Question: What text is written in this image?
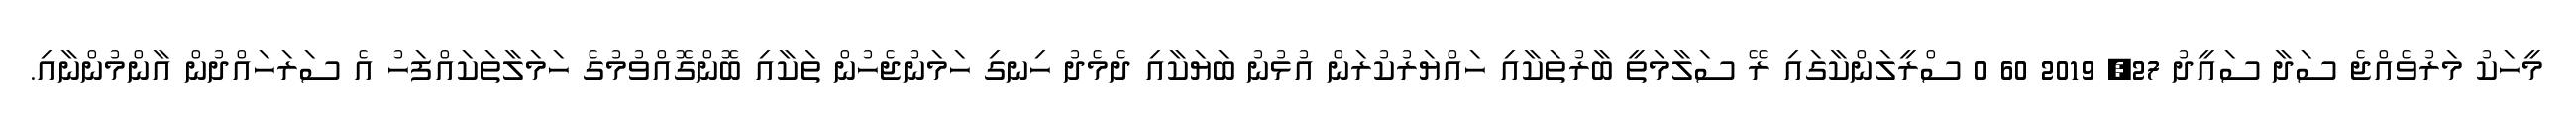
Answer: މީހަކު މަރުވެއްޖެ ސަދާ ސައީދު 27, 2019 60 0 ސްރީލަންކާގައި ރޭ ސަލާމަތީ ބާރުތަކާއި ހައްޔަރުކުރަން އުޅުނު ބަޔަކާއި ދެމެދު ހިނގި ހަމަނުޖެހުން ތަކާއި ބޮންގޮއްވުމުގެ ހަމަލާތަކައްފަހު އެ ސަރަހައްދުން އާންމުންނާއި.